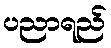
ပညာရည်